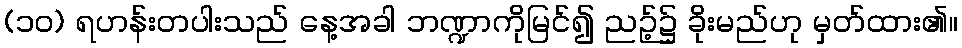
(၁၀) ရဟန်းတပါးသည် နေ့အခါ ဘဏ္ဍာကိုမြင်၍ ညဉ့်၌ ခိုးမည်ဟု မှတ်ထား၏။